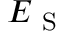
E _ { \mathrm { ~ S ~ } }